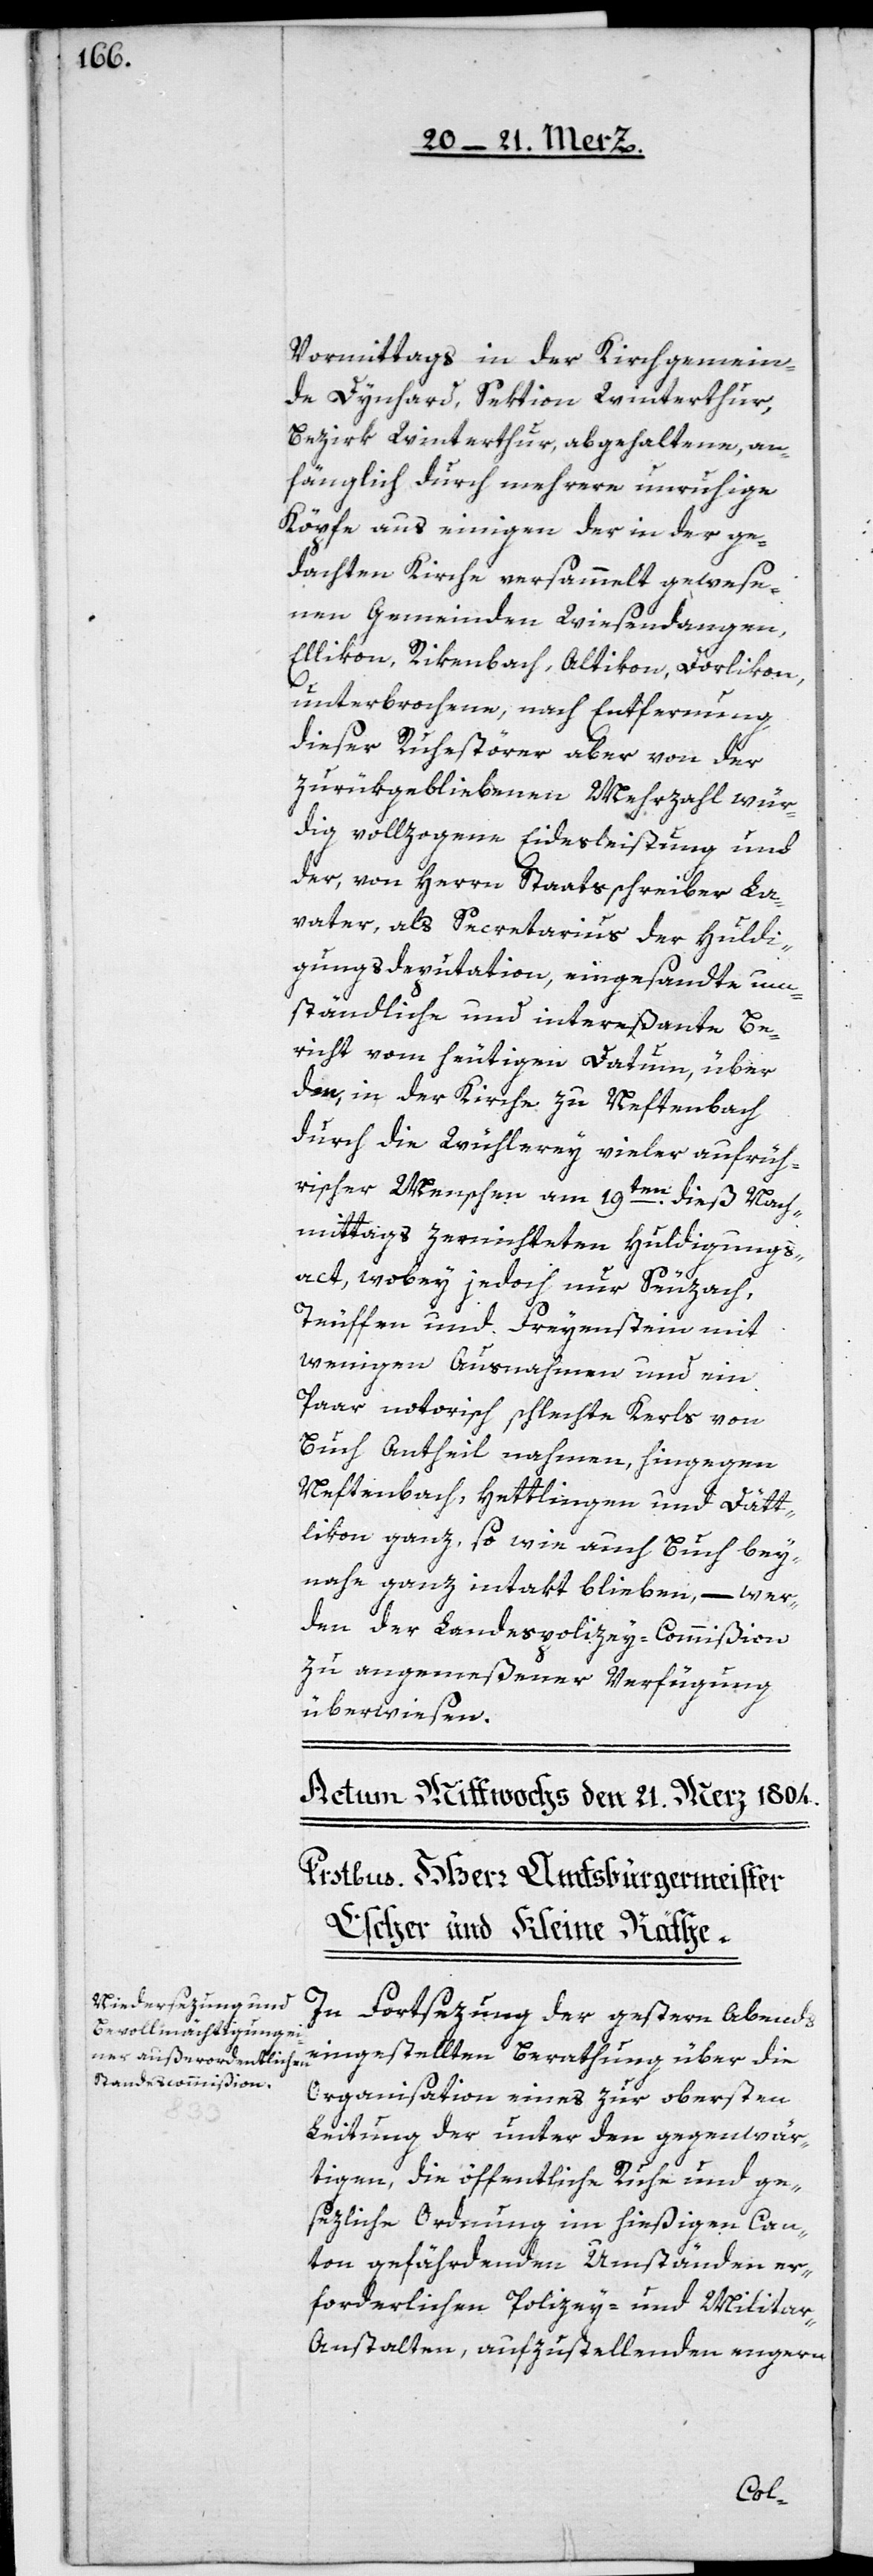
Vormittags in der Kirchgemein¬
de Dynhard, Sektion Winterthur,
Bezirk Winterthur, abgehaltene, an¬
fänglich durch mehrere unruhige
Köpfe aus einigen der in der ge¬
dachten Kirche versammelt gewese¬
nen Gemeinden Wiesendangen,
Ellikon, Rikenbach, Altikon, Dorlikon,
unterbrochene, nach Entfernung
dieser Ruhestörer aber von der
zurükgebliebenen Mehrzahl wür¬
dig vollzogene Eidesleistung und
der, von Herrn Staatsschreiber La¬
vater, als Secretarius der Huldi¬
gungsdeputation, eingesandte um¬
ständliche und intereßante Be¬
richt vom heutigen Datum, über
den, in der Kirche zu Neftenbach
durch die Wühlerey vieler aufrüh¬
rerischer Menschen am 19ten dieß Nach¬
mittags zernichteten Huldigungs¬
act, wobey jedoch nur Seuzach,
Teuffen und Freyenstein mit
wenigen Ausnahmen und ein
paar notorisch schlechte Kerls von
Buch Antheil nahmen, hingegen
Neftenbach, Hettlingen und Dätt¬
likon ganz, sowie auch Buch bey¬
nahe ganz intakt blieben, – wer¬
den der Landespolizey-Commißion
zu angemeßener Verfügung
überwiesen.
In Fortsetzung der gestern Abends
eingestellten Berathung über die
Organisation eines zur obersten
Leitung der unter den gegenwär¬
tigen, die öffentliche Ruhe und ge¬
sezliche Ordnung im hießigen Can¬
ton gefährdenden Umständen er¬
forderlichen Polizey- und Milita¬
r-Anstalten, aufzustellenden engern